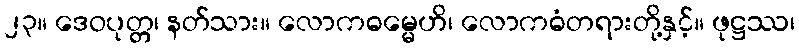
၂၃။ ဒေဝပုတ္တ၊ နတ်သား။ လောကဓမ္မေဟိ၊ လောကဓံတရားတို့နှင့်။ ဖုဋ္ဌဿ၊